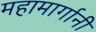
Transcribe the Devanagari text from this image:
महामार्गानी